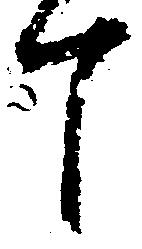
て